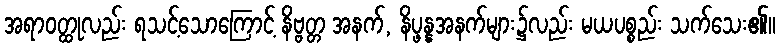
အရာဝတ္ထုလည်း ရသင့်သောကြောင့် နိဗ္ဗတ္တ အနက်, နိပ္ဖန္နအနက်များ၌လည်း မယပစ္စည်း သက်သေး၏။